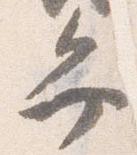
弁